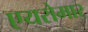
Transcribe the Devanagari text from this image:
एयरोमार